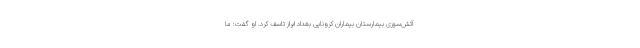
آتش‌سوزی بیمارستان بیماران کرونایی بغداد ابراز تاسف کرد. او گفت: ما